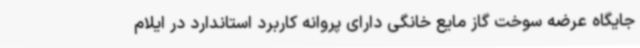
جایگاه عرضه سوخت گاز مایع خانگی دارای پروانه کاربرد استاندارد در ایلام